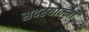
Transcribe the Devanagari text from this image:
सदस्यान्नी